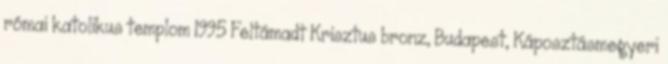
római katolikus templom 1995 Feltámadt Krisztus bronz, Budapest, Káposztásmegyeri